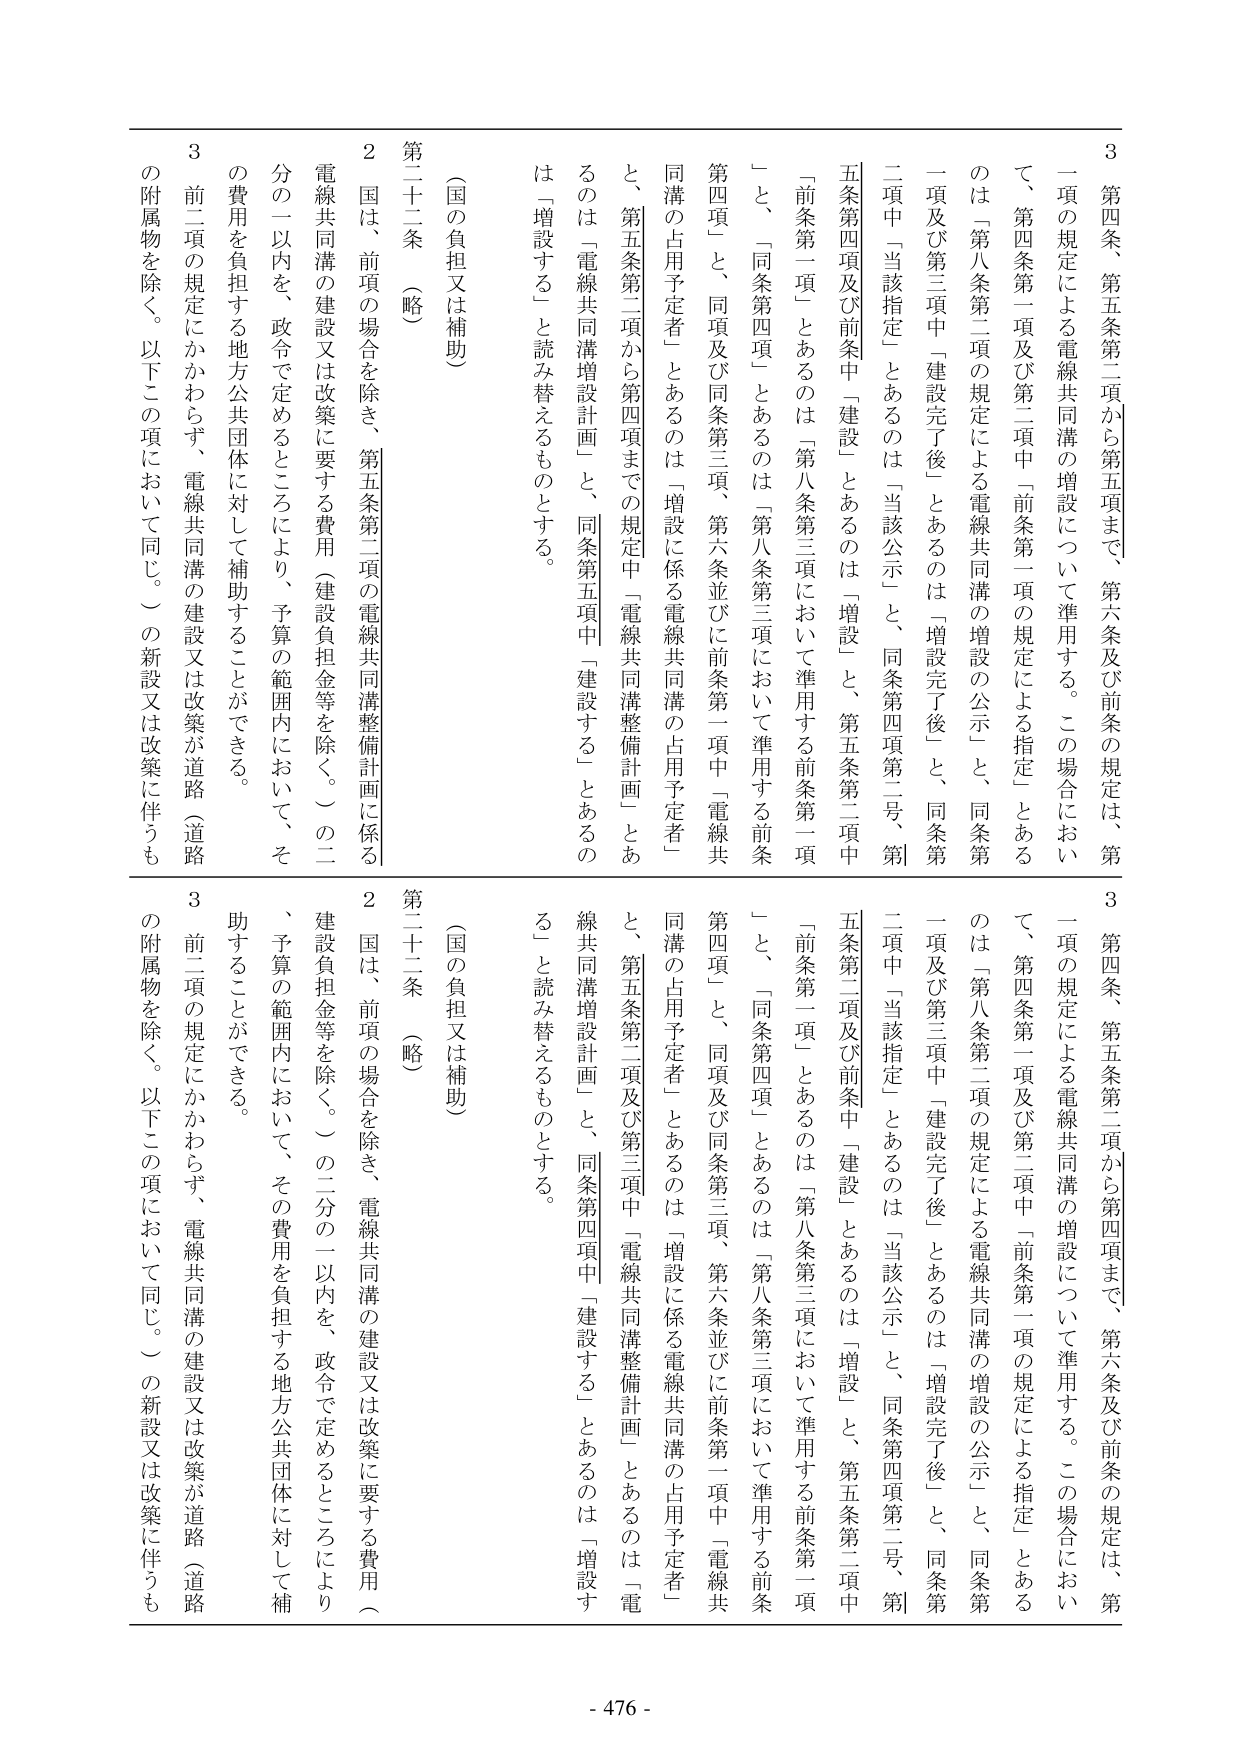
3 第四条、第五条第二項から第五項まで、第六条及び前条の規定は、第一項の規定による電線共同溝の増設について準用する。この場合において、第四条第一項及び第二項中「前条第一項の規定による指定」とあるのは「第八条第二項の規定による電線共同溝の増設の公示」と、同条第一項及び第三項中「建設完了後」とあるのは「増設完了後」と、同条第二項中「当該指定」とあるのは「当該公示」と、同条第四項第二号、第五条第四項及び前条中「建設」とあるのは「増設」と、第五条第二項中「前条第一項」とあるのは「第八条第三項において準用する前条第一項」と、「同条第四項」とあるのは「第八条第三項において準用する前条第四項」と、同項及び同条第三項、第六条並びに前条第一項中「電線共同溝の占用予定者」とあるのは「増設に係る電線共同溝の占用予定者」と、第五条第二項から第四項までの規定中「電線共同溝整備計画」とあるのは「電線共同溝増設計画」と、同条第五項中「建設する」とあるのは「増設する」と読み替えるものとする。

（国の負担又は補助）

第二十二条 （略）

2 国は、前項の場合を除き、第五条第二項の電線共同溝整備計画に係る電線共同溝の建設又は改築に要する費用（建設負担金等を除く。）の二分の一以内を、政令で定めるところにより、予算の範囲内において、その費用を負担する地方公共団体に対して補助することができる。

3 前二項の規定にかかわらず、電線共同溝の建設又は改築が道路（道路の附属物を除く。以下この項において同じ。）の新設又は改築に伴うもの

3 第四条、第五条第二項から第四項まで、第六条及び前条の規定は、第一項の規定による電線共同溝の増設について準用する。この場合において、第四条第一項及び第二項中「前条第一項の規定による指定」とあるのは「第八条第二項の規定による電線共同溝の増設の公示」と、同条第一項及び第三項中「建設完了後」とあるのは「増設完了後」と、同条第二項中「当該指定」とあるのは「当該公示」と、同条第四項第二号、第五条第三項及び前条中「建設」とあるのは「増設」と、第五条第二項中「前条第一項」とあるのは「第八条第三項において準用する前条第一項」と、「同条第四項」とあるのは「第八条第三項において準用する前条第四項」と、同項及び同条第三項、第六条並びに前条第一項中「電線共同溝の占用予定者」とあるのは「増設に係る電線共同溝の占用予定者」と、第五条第二項及び第三項中「電線共同溝整備計画」とあるのは「電線共同溝増設計画」と、同条第四項中「建設する」とあるのは「増設する」と読み替えるものとする。

（国の負担又は補助）

第二十二条 （略）

2 国は、前項の場合を除き、電線共同溝の建設又は改築に要する費用（建設負担金等を除く。）の二分の一以内を、政令で定めるところにより、予算の範囲内において、その費用を負担する地方公共団体に対して補助することができる。

3 前二項の規定にかかわらず、電線共同溝の建設又は改築が道路（道路の附属物を除く。以下この項において同じ。）の新設又は改築に伴うもの

- 476 -